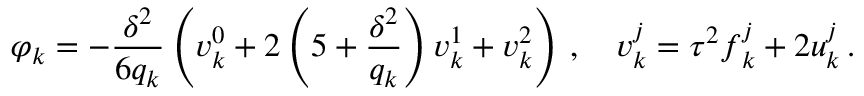
{ \boldsymbol { \varphi } } _ { k } = - \frac { { \delta } ^ { 2 } } { { 6 } { q } _ { k } } \left( { \boldsymbol { v } } _ { k } ^ { 0 } + { 2 } \left( 5 + \frac { { \delta } ^ { 2 } } { { q } _ { k } } \right) { \boldsymbol { v } } _ { k } ^ { 1 } + { \boldsymbol { v } } _ { k } ^ { 2 } \right) \, , \quad { \boldsymbol { v } } _ { k } ^ { j } = { \tau } ^ { 2 } { \boldsymbol { f } } _ { k } ^ { j } + { 2 } { \boldsymbol { u } } _ { k } ^ { j } \, .